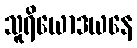
သူရိယောဒယနေ